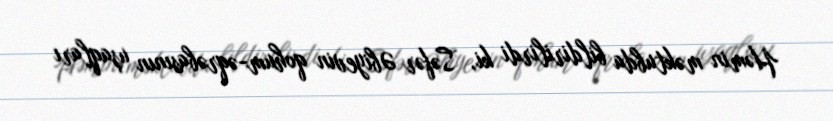
Həmin məktubda bildirilirdi ki, Səfər Əbiyevin qohum-əqrəbasının uşaqları